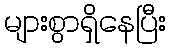
များစွာရှိနေပြီး